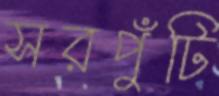
সরপুঁটি